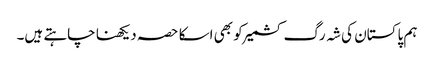
ہم پاکستان کی شہ رگ کشمیر کو بھی اسکا حصہ دیکھنا چاہتے ہیں۔